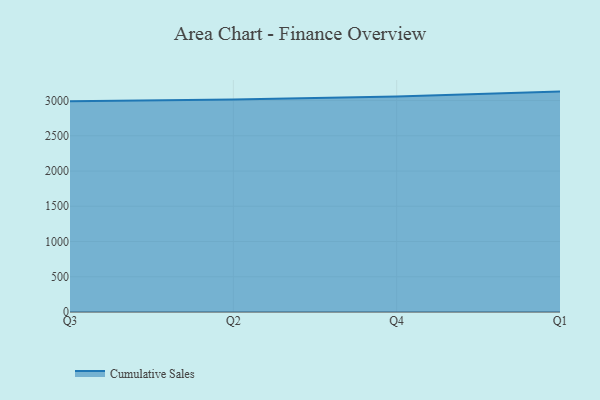
{"axis": {"x": "Quarter", "y": "Page Views"}, "legend": ["Cumulative Sales"], "data": [{"x": "Q3", "y": 2988.0, "type": "Cumulative Sales"}, {"x": "Q2", "y": 3014.1, "type": "Cumulative Sales"}, {"x": "Q4", "y": 3056.4, "type": "Cumulative Sales"}, {"x": "Q1", "y": 3126.6, "type": "Cumulative Sales"}]}